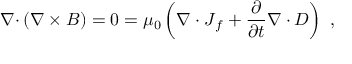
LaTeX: { \boldsymbol { \nabla \cdot } } \left( { \boldsymbol { \nabla \times B } } \right) = 0 = \mu _ { 0 } \left( \nabla \cdot { \boldsymbol { J } } _ { f } + { \frac { \partial } { \partial t } } { \boldsymbol { \nabla \cdot D } } \right) \ ,